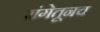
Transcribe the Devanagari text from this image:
रांगेतूनच